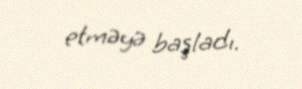
etməyə başladı.